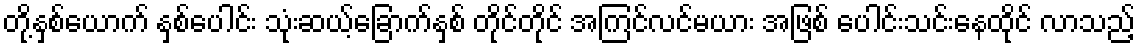
တို့နှစ်ယောက် နှစ်ပေါင်း သုံးဆယ့်ခြောက်နှစ် တိုင်တိုင် အကြင်လင်မယား အဖြစ် ပေါင်းသင်းနေထိုင် လာသည့်